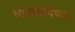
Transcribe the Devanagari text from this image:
व्यापारविषक